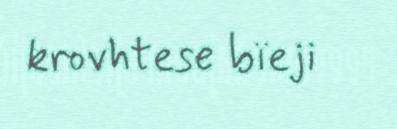
krovhtese bïeji